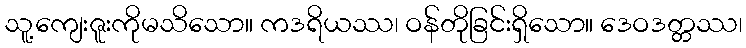
သူ့ကျေးဇူးကိုမသိသော။ ကဒရိယဿ၊ ဝန်တိုခြင်းရှိသော။ ဒေဝဒတ္တဿ၊